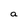
Character: a